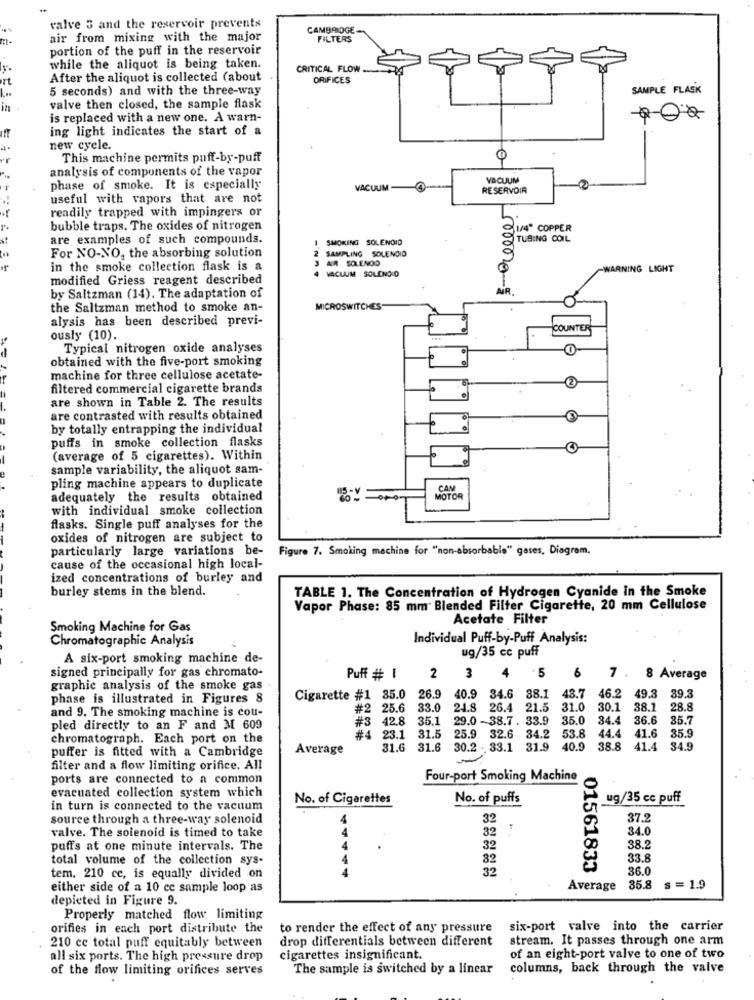
valve 5 and the reservoir prevents
CAMBRIDGE
air from mixing with the major
FILTERS
portion of the puff in the reservoir
while the aliquot is being taken.
CRITICAL FLOW.
After the aliquot is collected (about
ORIFICES
5 seconds) and with the three-way
SAMPLE FLASK
valve then closed, the sample flask
is replaced with a new one. A warn-
ing light indicates the start of a
new cycle.
This machine permits puff-by-puff
analysis of components of the vapor
VACUUM
phase of smoke. It is especially
VACUUM
RESERVOIR
useful with vapors that are not
readily trapped with impingers or
bubble traps. The oxides of nitrogen
1/4" COPPER
are examples of such compounds.
SMOKING SOLENOID
TUBING COIL
SAMPLING SOLENOID
For NO-NO, the absorbing solution
AR SOLENOD
of
in the smoke collection flask is a
VACUUM SOLDNO:D
WARNING LIGHT
modified Griess reagent described
5000005
by Saltzman (14). The adaptation of
the Saltzman method to smoke an-
MICROSWITCHES
alysis has been described previ-
COUNTER
ously (10).
Typical nitrogen oxide analyses
O
obtained with the five-port smoking
machine for three cellulose acetate-
2
filtered commercial cigarette brands
are shown in Table 2. The results
are contrasted with results obtained
by totally entrapping the individual
puffs in smoke collection flasks
-
(average of 5 cigarettes). Within
sample variability, the aliquot sam-
pling machine appears to duplicate
CAN
adequately the results obtained
MOTOR
with individual smoke collection
flasks. Single puff analyses for the
oxides of nitrogen are subject to
particularly large variations be-
Figure 7. Smoking machine for "non-absorbable" gases, Diagram,
cause of the occasional high local-
ized concentrations of burley and
burley stems in the blend.
TABLE 1. The Concentration of Hydrogen Cyanide in the Smoke
Vapor Phase: 85 mm Blended Filter Cigarette, 20 mm Cellulose
Acetate Filter
Smoking Machine for Gas
Individual Puff-by-Puff Analysis:
Chromatographic Analysis
ug/35 cc puff
A six-port smoking machine de-
signed principally for gas chromato-
.5
Puff # 1
2
3
6
7 .
8 Average
graphic analysis of the smoke gas .
phase is illustrated in Figures 8
Cigarette #1 85.0 26.9
40.9
34.6
38.1
43.7
46.2
49.3 39.3
and 9. The smoking machine is cou-
#2 25.6
33.0
21.8
26.4
21.5
31.0
30.1
38.1 28.8
#3 42.8 35.1
29.0 -38.7 . 33.9
35.0
34.4 36.6
35.7
pled directly to an F and M 609
chromatograph. Each port on the
#4 23.1
31.5
25.9
32.6 34.2
53.8
44.4
41.6 35.9
puffer is fitted with a Cambridge
Average
31.6
31.6
30.2 . 33.1 31.9
40.9
38.8
41.4 34.9
filter and a flow limiting orifice. All
ports are connected to a common
Four-port Smoking Machine
evacuated collection system which
No. of Cigarettes
No. of puffs
ug/35 cc puff
in turn is connected to the vacuum
source through a three-way solenoid
32
37.2
valve. The solenoid is timed to take
32
34.0
puffs at one minute intervals. The
32
38.2
total volume of the collection sys-
82
33.8
32
01561833
36.0
tem, 210 cc, is equally divided on
either side of a 10 cc sample loop as
Average
35.8 s = 1.9
depicted in Figure 9.
Properly matched flow limiting
orifies in each port distribute the
to render the effect of any pressure
six-port valve into the carrier
210 cc total puff equitably between
drop differentials between different
stream. It passes through one arm
of an eight-port valve to one of two
all six ports. The high pressure drop
cigarettes insignificant.
of the flow limiting orifices serves
The sample is switched by a linear
columns, back through the valve